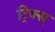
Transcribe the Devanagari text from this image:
ट्रिक्स्